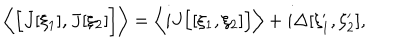
LaTeX: \left\langle \Bigl [ J [ \xi _ { 1 } ] , J [ \xi _ { 2 } ] \Bigr ] \right\rangle = \left\langle i J \Bigl [ [ \xi _ { 1 } , \xi _ { 2 } ] \Bigr ] \right\rangle + i \Delta [ \xi _ { 1 } ^ { \prime } , \xi _ { 2 } ^ { \prime } ] ,